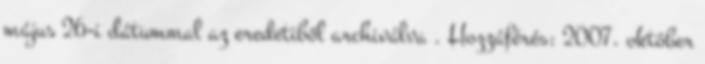
május 26-i dátummal az eredetiből archiválva . Hozzáférés: 2007. október